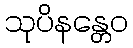
သုပိနန္တေဝ